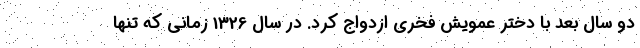
دو سال بعد با دختر عمویش فخری ازدواج کرد. در سال 1326 زمانی که تنها